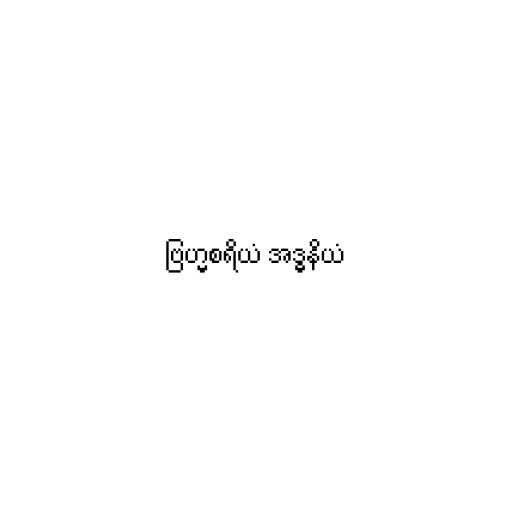
ဗြဟ္မစရိယံ အဒ္ဓနိယံ